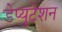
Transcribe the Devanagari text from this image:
डेप्युटेशन